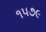
૧૫૭૯